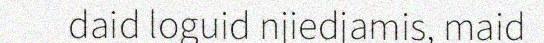
daid loguid njiedjamis, maid